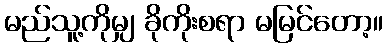
မည်သူ့ကိုမျှ ခိုကိုးစရာ မမြင်တော့။